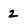
Character: 2